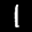
Label: 1